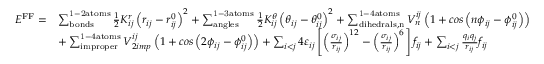
\begin{array} { r l } { E ^ { \mathrm { F F } } = } & { \sum _ { \mathrm { b o n d s } } ^ { \mathrm { 1 - 2 a t o m s } } \frac { 1 } { 2 } K _ { i j } ^ { r } \left( r _ { i j } - r _ { i j } ^ { 0 } \right) ^ { 2 } + \sum _ { \mathrm { a n g l e s } } ^ { \mathrm { 1 - 3 a t o m s } } \frac { 1 } { 2 } K _ { i j } ^ { \theta } \left( \theta _ { i j } - \theta _ { i j } ^ { 0 } \right) ^ { 2 } + \sum _ { \mathrm { d i h e d r a l s , n } } ^ { \mathrm { 1 - 4 a t o m s } } V _ { n } ^ { i j } \left( 1 + c o s \left( n \phi _ { i j } - \phi _ { i j } ^ { 0 } \right) \right) } \\ & { + \sum _ { \mathrm { i m p r o p e r } } ^ { \mathrm { 1 - 4 a t o m s } } V _ { 2 i m p } ^ { i j } \left( 1 + c o s \left( 2 \phi _ { i j } - \phi _ { i j } ^ { 0 } \right) \right) + \sum _ { i < j } 4 \varepsilon _ { i j } \left[ \left( \frac { \sigma _ { i j } } { r _ { i j } } \right) ^ { 1 2 } - \left( \frac { \sigma _ { i j } } { r _ { i j } } \right) ^ { 6 } \right] f _ { i j } + \sum _ { i < j } \frac { q _ { i } q _ { j } } { r _ { i j } } f _ { i j } } \end{array}